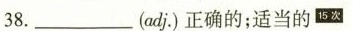
38.___(adj.)正确的；适当的^{15次}